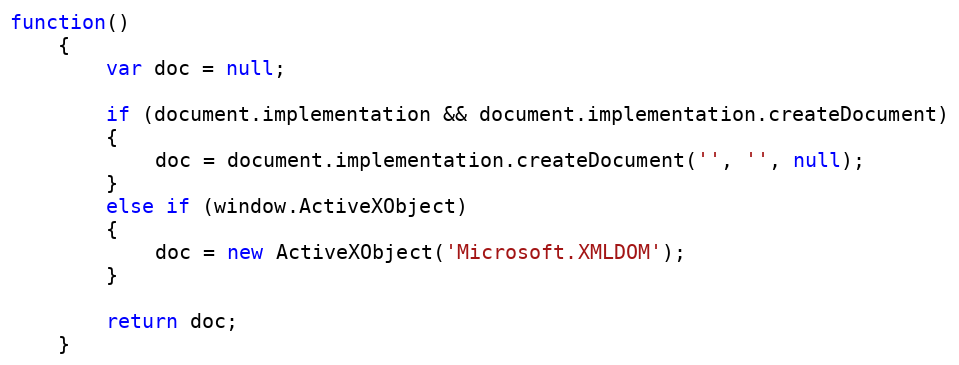
Language: JavaScript
function()
	{
		var doc = null;

		if (document.implementation && document.implementation.createDocument)
		{
			doc = document.implementation.createDocument('', '', null);
		}
		else if (window.ActiveXObject)
		{
			doc = new ActiveXObject('Microsoft.XMLDOM');
	 	}

	 	return doc;
	}